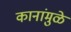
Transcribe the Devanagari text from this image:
कानांमुळे